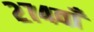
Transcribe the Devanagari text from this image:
२७४वाँ